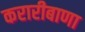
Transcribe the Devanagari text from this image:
करारीबाणा